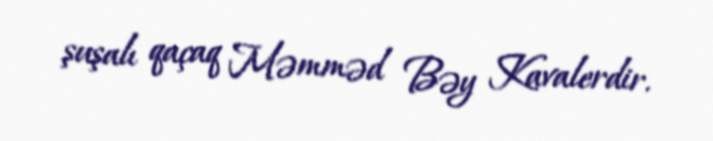
şuşalı qaçaq Məmməd Bəy Kavalerdir.